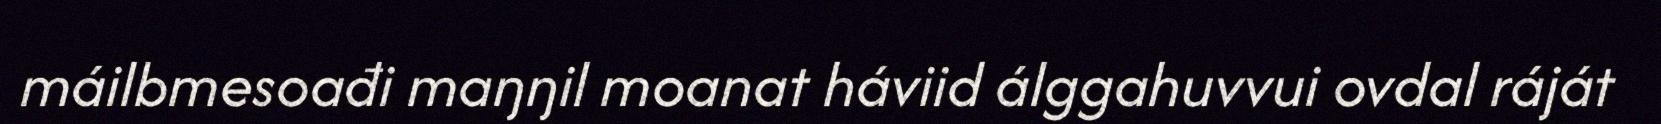
máilbmesoađi maŋŋil moanat háviid álggahuvvui ovdal ráját